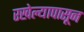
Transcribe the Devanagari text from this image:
रखेल्यापासून